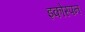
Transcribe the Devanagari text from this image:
इकोस्पन